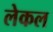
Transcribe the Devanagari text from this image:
लेकल